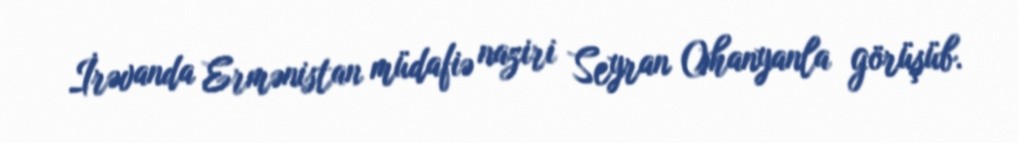
İrəvanda Ermənistan müdafiə naziri Seyran Ohanyanla görüşüb.